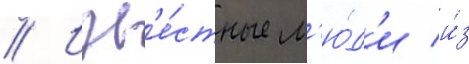
// Изв'е́стные л'ю́д'и и́з